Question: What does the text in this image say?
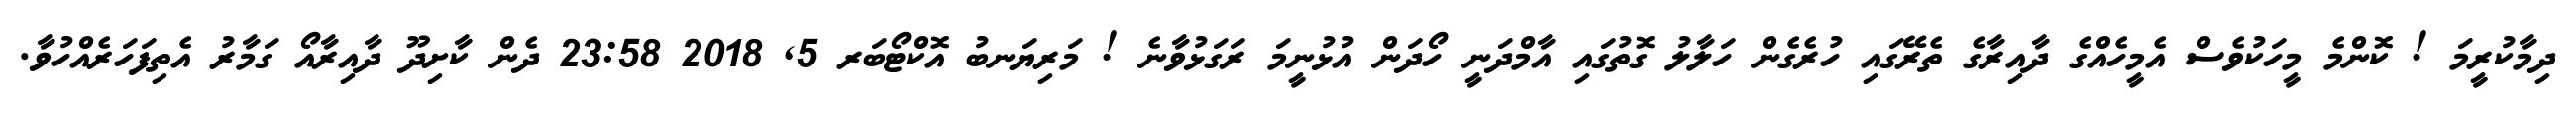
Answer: ދިމާކުރީމަ ! ކޮންމެ މީހަކުވެސް އެމީހެއްގެ ދާއިރާގެ ތެރޭގައި ހުރެގެން ހަލާލު ގޮތުގައި އާމްދަނީ ހޯދަން އުޅުނީމަ ރަގަޅުވާނެ ! މަރިޔަނބު އޮކްޓޯބަރ 5, 2018 23:58 ދެން ކާށިދޫ ދާއިރާއޯ ގަމާރު އެތިފަހަރެއްހުވާ.